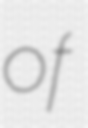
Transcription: of